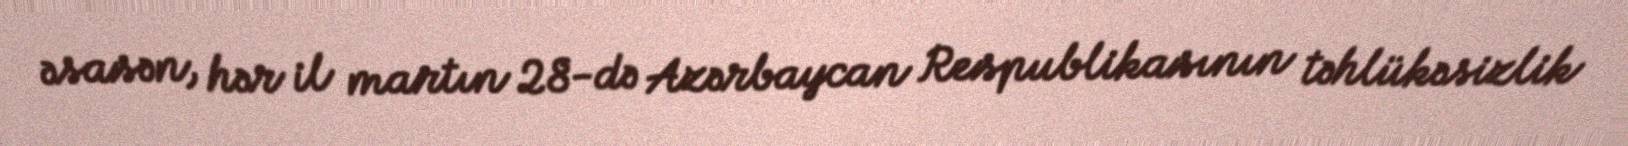
əsasən, hər il martın 28-də Azərbaycan Respublikasının təhlükəsizlik